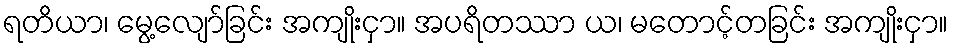
ရတိယာ၊ မွေ့လျော်ခြင်း အကျိုးငှာ။ အပရိတဿာ ယ၊ မတောင့်တခြင်း အကျိုးငှာ။